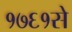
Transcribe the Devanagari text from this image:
१७६१से